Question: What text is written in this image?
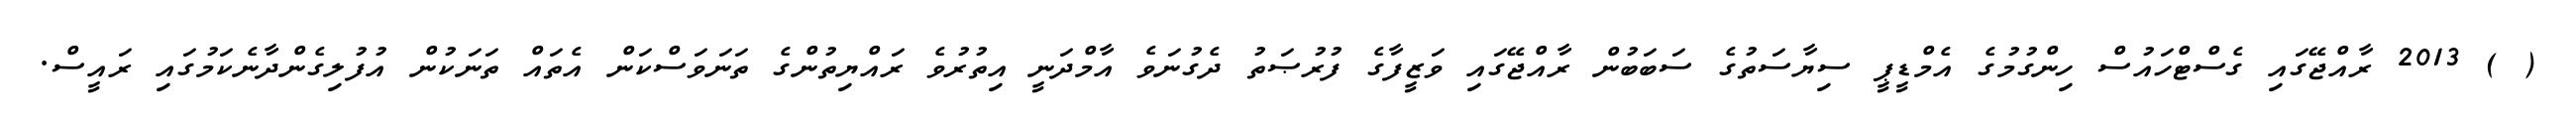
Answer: ( ) 2013 ރާއްޖޭގައި ގެސްޓްހައުސް ހިންގުމުގެ އެމްޑީޕީ ސިޔާސަތުގެ ސަބަބުން ރާއްޖޭގައި ވަޒީފާގެ ފުރުޞަތު ދެގުނަވެ އާމްދަނީ އިތުރުވެ ރައްޔިތުންގެ ތަނަވަސްކަން އެތައް ތަނަކުން އުފުލިގެންދާނެކަމުގައި ރައީސް.